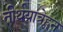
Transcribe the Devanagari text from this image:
तीर्थयात्रेहून